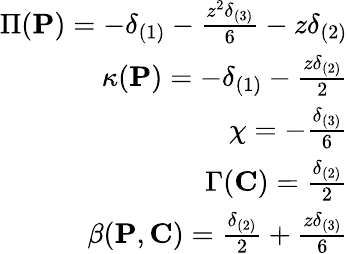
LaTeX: \begin{array}{r}{\Pi({\mathbf{P}})=-\delta_{(1)}-\frac{z^{2}\delta_{(3)}}{6}-z\delta_{(2)}}\\ {\kappa({\mathbf{P}})=-\delta_{(1)}-\frac{z\delta_{(2)}}{2}}\\ {\chi=-\frac{\delta_{(3)}}{6}}\\ {\Gamma({\mathbf{C}})=\frac{\delta_{(2)}}{2}}\\ {\beta({\mathbf{P}},{\mathbf{C}})=\frac{\delta_{(2)}}{2}+\frac{z\delta_{(3)}}{6}}\end{array}